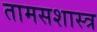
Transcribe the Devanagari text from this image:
तामसशास्त्र